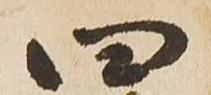
四